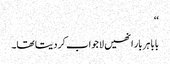
‘‘
بابا ہر بار انھیں لاجواب کر دیتا تھا۔